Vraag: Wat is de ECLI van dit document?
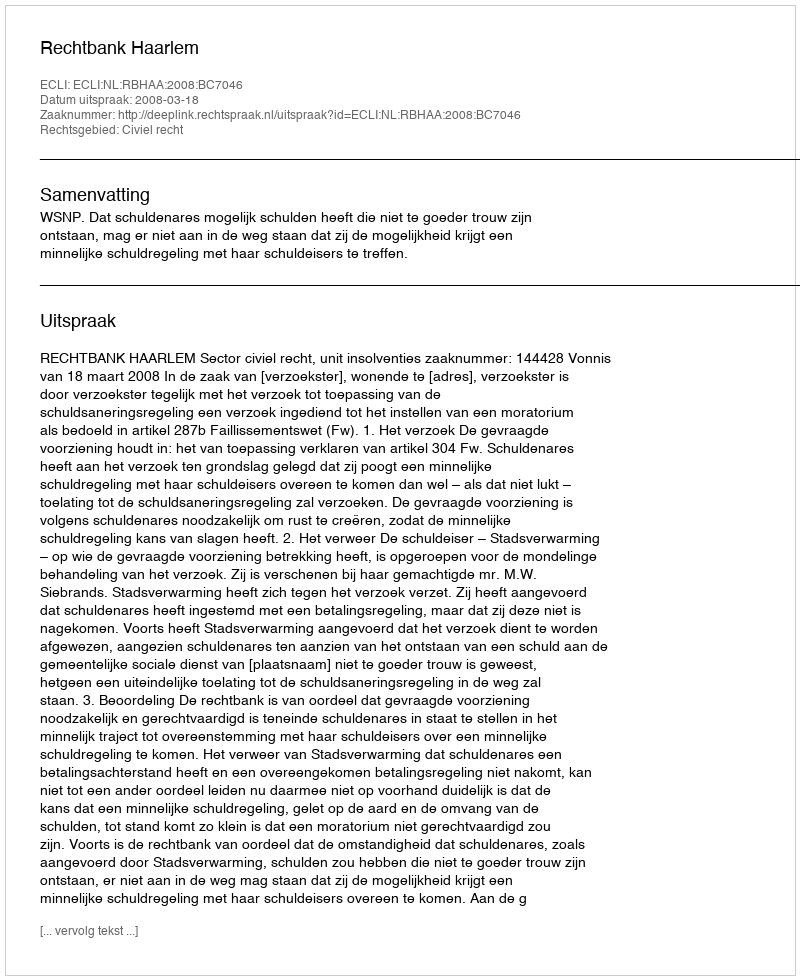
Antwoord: ECLI:NL:RBHAA:2008:BC7046